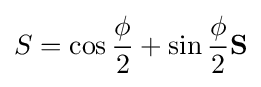
S=\cos {\frac {\phi }{2}}+\sin {\frac {\phi }{2}}\mathbf {S}